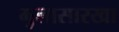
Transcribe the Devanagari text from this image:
मुलासारखा